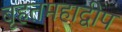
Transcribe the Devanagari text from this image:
बृहतमहाद्वीप